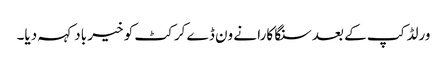
ورلڈ کپ کے بعد سنگا کارا نے ون ڈے کرکٹ کو خیر باد کہہ دیا۔